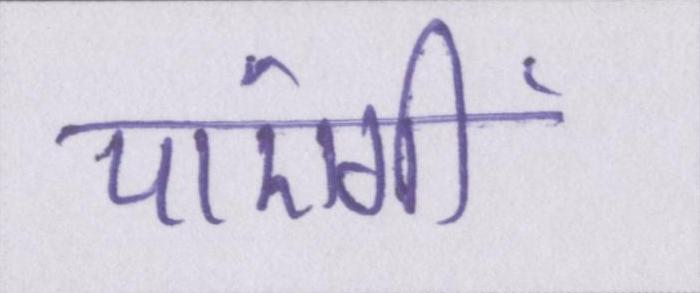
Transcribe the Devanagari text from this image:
पाएंगीं